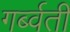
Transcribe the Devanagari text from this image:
गर्ब्वती